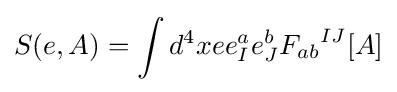
S(e,A)=\int d^{4}xee_{I}^{a}e_{J}^{b}{F_{ab}}^{IJ}[A]